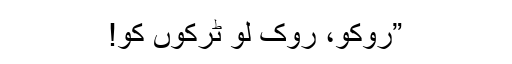
”روکو، روک لو ٹرکوں کو!